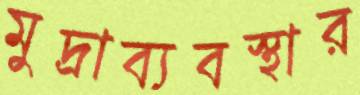
মুদ্রাব্যবস্থার